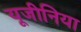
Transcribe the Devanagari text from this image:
यूजीनिया